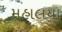
મહાલયા